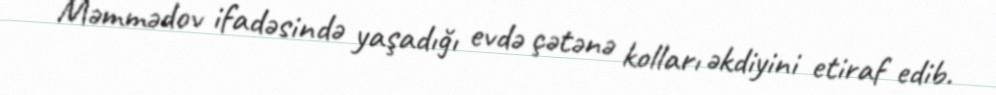
Məmmədov ifadəsində yaşadığı evdə çətənə kolları əkdiyini etiraf edib.